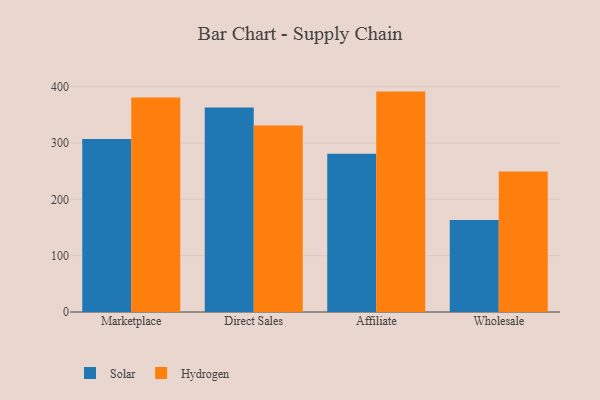
{"axis": {"x": "Channel", "y": "Population (Million)"}, "legend": ["Hydrogen", "Solar"], "data": [{"x": "Marketplace", "y": 307.2, "type": "Solar"}, {"x": "Marketplace", "y": 380.9, "type": "Hydrogen"}, {"x": "Direct Sales", "y": 362.9, "type": "Solar"}, {"x": "Direct Sales", "y": 331.1, "type": "Hydrogen"}, {"x": "Affiliate", "y": 280.7, "type": "Solar"}, {"x": "Affiliate", "y": 391.2, "type": "Hydrogen"}, {"x": "Wholesale", "y": 163.1, "type": "Solar"}, {"x": "Wholesale", "y": 249.4, "type": "Hydrogen"}]}